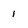
Character: 1